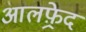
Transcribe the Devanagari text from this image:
आलफ़्रेद